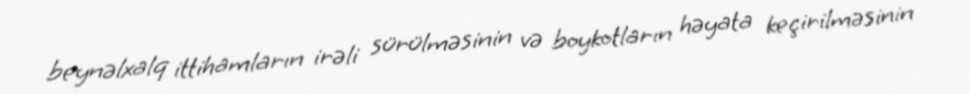
beynəlxalq ittihamların irəli sürülməsinin və boykotların həyata keçirilməsinin